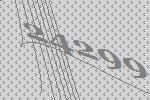
24299